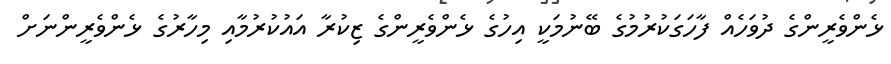
ޅެންވެރީންގެ ދުވަހެއް ފާހަގަކުރުމުގެ ބޭނުމަކީ އިހުގެ ޅެންވެރީންގެ ޒިކުރާ އައުކުރުމާއި މިހާރުގެ ޅެންވެރީންނަށް